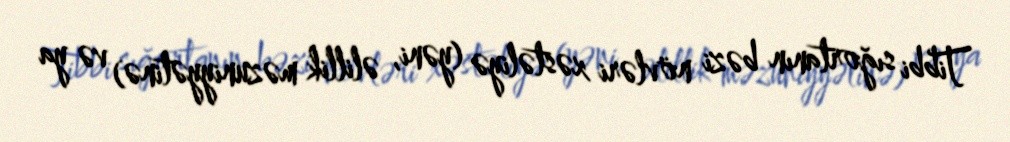
Tibbi sığortanın bəzi növləri xəstəliyə (yəni, əlillik məzuniyyətinə) və ya